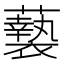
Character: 𮒸